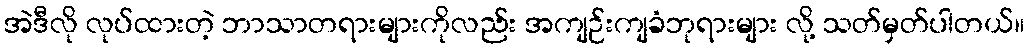
အဲဒီလို လုပ်ထားတဲ့ ဘာသာတရားများကိုလည်း အကျဉ်းကျခံဘုရားများ လို့ သတ်မှတ်ပါတယ်။